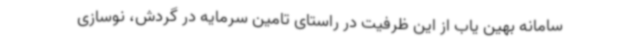
سامانه بهین یاب از این ظرفیت در راستای تامین سرمایه در گردش، نوسازی